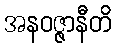
အနဝဇ္ဇာနီတိ